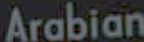
Arabian